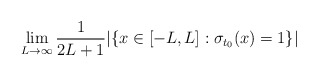
\begin{align*}\lim_{L\to\infty}\frac{1}{2L+1}|\{x\in[-L,L]:\sigma_{t_0}(x)=1\}|\end{align*}